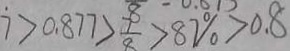
7 > 0 . 8 7 7 > \frac { 7 } { 8 } > 8 7 \% > 0 . 8